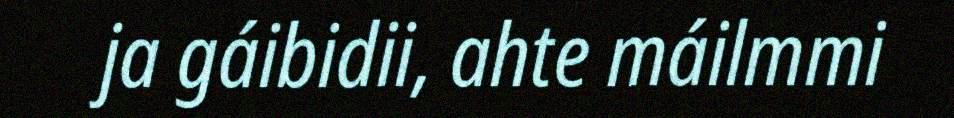
ja gáibidii, ahte máilmmi